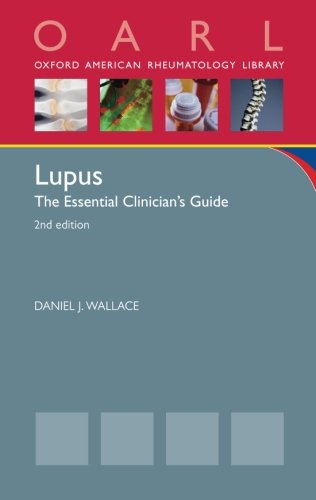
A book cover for Lupus: The Essential Clinician's Guide (Oxford American Rheumatology Library); Daniel J. Wallace; Health, Fitness & Dieting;